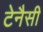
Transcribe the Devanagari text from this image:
टेनैसी